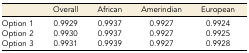
<table><thead><tr><td></td><td><b>Overall</b></td><td><b>African</b></td><td><b>Amerindian</b></td><td><b>European</b></td></tr></thead><tbody><tr><td>Option 1</td><td>0.9929</td><td>0.9937</td><td>0.9927</td><td>0.9924</td></tr><tr><td>Option 2</td><td>0.9930</td><td>0.9937</td><td>0.9927</td><td>0.9925</td></tr><tr><td>Option 3</td><td>0.9931</td><td>0.9939</td><td>0.9927</td><td>0.9928</td></tr></tbody></table>